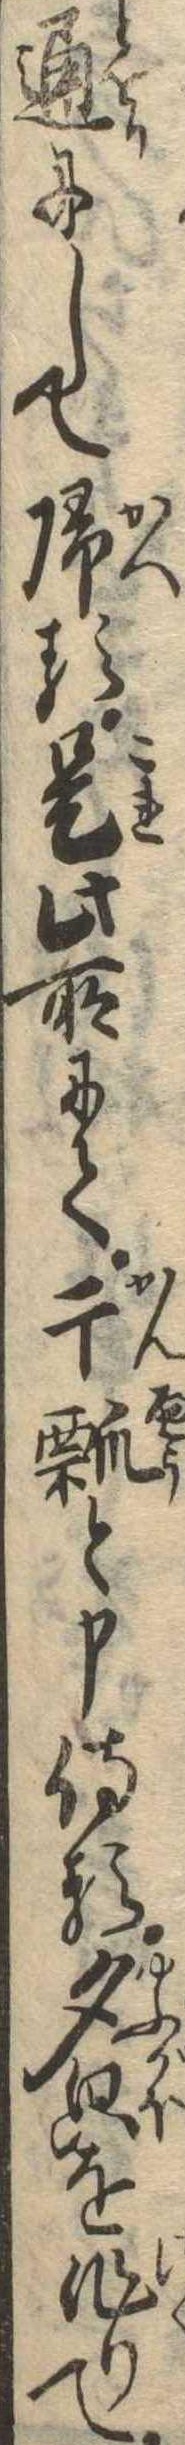
通にして帰る是此所にて干瓢と申侍る夕を作りて